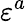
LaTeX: \varepsilon^{a}